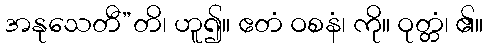
အနုသေတီ”တိ၊ ဟူ၍။ ဧတံ ဝစနံ၊ ကို။ ဝုတ္တံ၊ ၏။